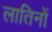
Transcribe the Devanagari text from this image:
लातिनों